Sanitation, dispensaries and jails vaccination Rajputana 1922-1927 - 1922-1927
Year: 1922
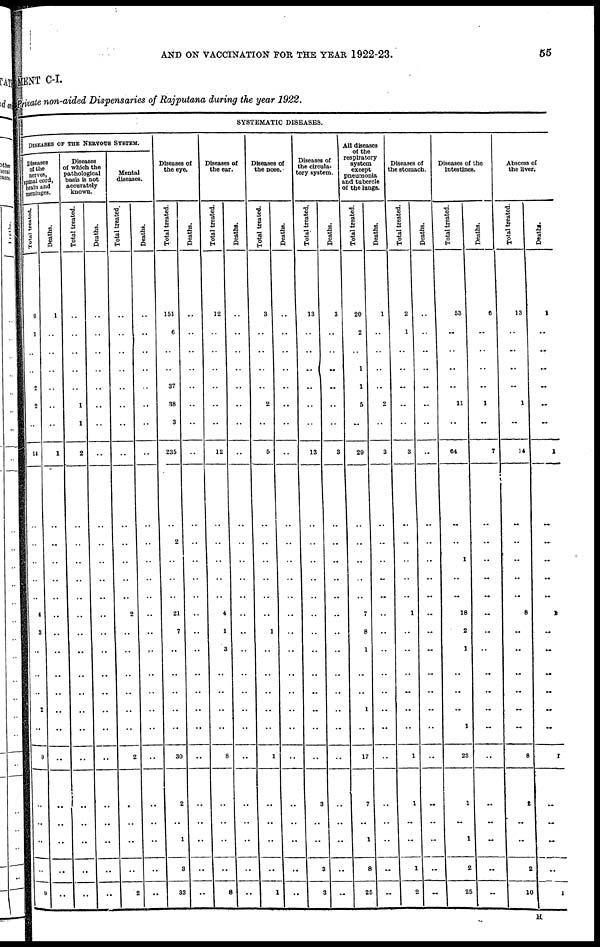
AND ON VACCINATION FOR THE YEAR 1922-23.
55
MENT C-I.
Private non-aided Dispensaries of Rajputana during the year 1922.
SYSTEMATIC DISEASES.
DISEASES OF THE NERVOUS SYSTEM.
Diseases
of the
nerves,
pinal cord,
brain and
meninges.
Total treated.
9
1
..
..
2
2
..
14
..
..
..
..
..
4
8
..
..
..
2
..
9
..
..
..
..
9
Deaths.
1
..
..
..
..
..
..
1
..
..
..
..
..
..
..
..
..
..
..
..
..
..
..
..
..
..
Diseases
of which the
pathological
basis is not
accurately
known.
Total treated.
..
..
..
..
..
1
1
2
..
..
..
..
..
..
..
..
..
..
..
..
..
..
..
..
..
..
Deaths.
..
..
..
..
..
..
..
..
..
..
..
..
..
..
..
..
..
..
..
..
..
..
..
..
..
..
Mental
diseases.
Total treated.
..
..
..
..
..
..
..
..
..
..
..
..
..
2
..
..
..
..
..
..
2
..
..
..
..
2
Deaths.
..
. .
..
..
..
..
..
..
..
..
..
..
..
..
..
...
..
..
..
..
..
..
..
..
..
..
Diseases of
the eye.
Total treated.
151
6
..
..
37
38
3
235
..
2
..
..
..
21
7
..
..
..
..
..
30
2
..
1
3
33
Deaths.
..
..
..
..
..
..
..
..
..
..
..
..
..
..
..
..
..
..
..
..
..
..
..
..
..
..
Diseases of
the ear.
Total treated.
12
..
..
..
..
..
..
12
..
..
..
..
..
4
1
3
..
..
..
..
8
..
..
..
..
8
Deaths.
..
..
..
..
..
..
..
..
..
..
..
..
..
..
..
..
..
..
..
..
..
..
..
..
..
..
Diseases of
the nose.
Total treated.
3
..
..
..
..
2
..
5
..
..
..
..
..
..
1
..
..
..
..
..
1
..
..
..
..
1
Deaths.
..
..
..
..
..
..
..
..
..
..
..
..
..
..
..
..
..
..
..
..
..
..
..
..
..
..
Diseases of
the circula-
tory system.
Total treated.
13
..
..
..
..
..
..
13
..
..
..
..
..
..
..
..
..
..
..
..
..
3
..
..
3
3
Deaths.
3
..
..
..
..
..
..
3
..
..
..
..
..
..
..
..
..
..
..
..
..
..
..
..
..
..
All diseases
of the
respiratory
system
except
pneumonia
and tubercle
of the lungs.
Total treated.
20
2
..
1
1
5
..
29
..
..
..
..
..
7
8
1
..
..
1
..
17
7
..
1
8
25
Deaths.
1
..
..
..
..
2
..
3
..
..
..
..
..
..
..
..
..
..
..
..
..
..
..
..
..
..
Diseases of
the stomach.
Total treated.
2
1
..
..
..
..
..
3
..
..
..
..
..
1
..
..
..
..
..
..
1
1
..
..
1
2
Deaths.
..
..
..
..
..
..
..
..
..
..
..
..
..
..
..
..
..
..
..
..
..
..
..
...
..
..
Diseases of the
intestines.
Total treated.
53
..
..
..
..
11
..
64
..
..
1
..
..
18
2
1
..
..
..
1
23
1
..
1
2
25
Deaths.
6
..
..
..
..
1
..
7
..
..
..
..
..
..
..
..
..
..
..
..
..
..
..
..
..
..
Abscess of
the liver.
Total treated.
13
..
..
..
..
1
..
14
..
..
..
..
..
8
..
..
..
..
..
..
8
2
..
..
2
10
Deaths.
1
..
..
..
..
..
..
1
..
..
..
..
..
1
..
..
..
..
..
..
1
..
..
..
..
1
H